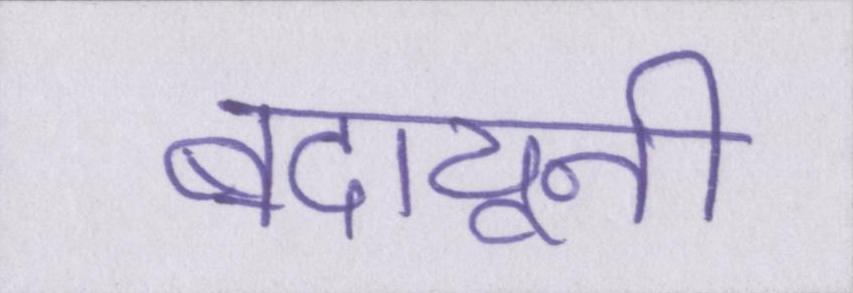
बदायूनी